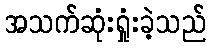
အသက်ဆုံးရှုံးခဲ့သည်